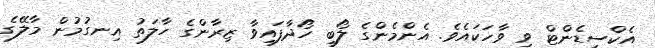
އެކްސިޑެންޓް ވި ވާހަކައެވެ. އެންމެންގެ ލޯބި ހޯދާފައިވާ ޒިރާންގެ ހާލަތު އިނގުމުން މާލޭގެ